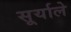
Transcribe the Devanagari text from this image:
सूर्याले